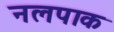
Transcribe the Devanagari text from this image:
नलपाक